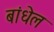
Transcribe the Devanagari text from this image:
बांधेल